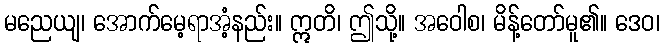
မညေယျ၊ အောက်မေ့ရာအံ့နည်း။ ဣတိ၊ ဤသို့။ အဝေါစ၊ မိန့်တော်မူ၏။ ဒေဝ၊